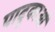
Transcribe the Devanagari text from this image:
पादुकाओं